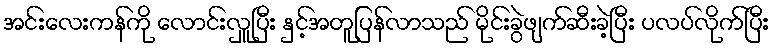
အင်းလေးကန်ကို လောင်းလှူပြီး နှင့်အတူပြန်လာသည် မိုင်းခွဲဖျက်ဆီးခဲ့ပြီး ပလပ်လိုက်ပြီး